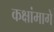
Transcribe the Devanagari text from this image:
कक्षांमागे